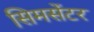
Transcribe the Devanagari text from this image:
सिमसेंटर